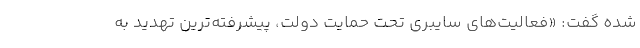
شده گفت: «فعالیت‌های سایبری تحت حمایت دولت، پیشرفته‌ترین تهدید به